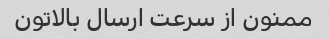
ممنون از سرعت ارسال بالاتون